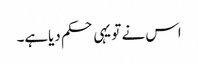
اس نے تو یہی حکم دیاہے۔